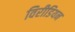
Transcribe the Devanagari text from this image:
विरीडियन